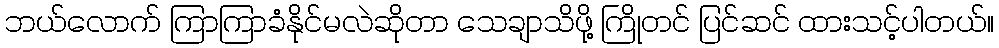
ဘယ်လောက် ကြာကြာခံနိုင်မလဲဆိုတာ သေချာသိဖို့ ကြိုတင် ပြင်ဆင် ထားသင့်ပါတယ်။